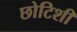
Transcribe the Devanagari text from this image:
छोटिशी